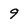
Character: 9